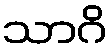
သာဂိ